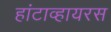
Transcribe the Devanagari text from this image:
हांटाव्हायरस